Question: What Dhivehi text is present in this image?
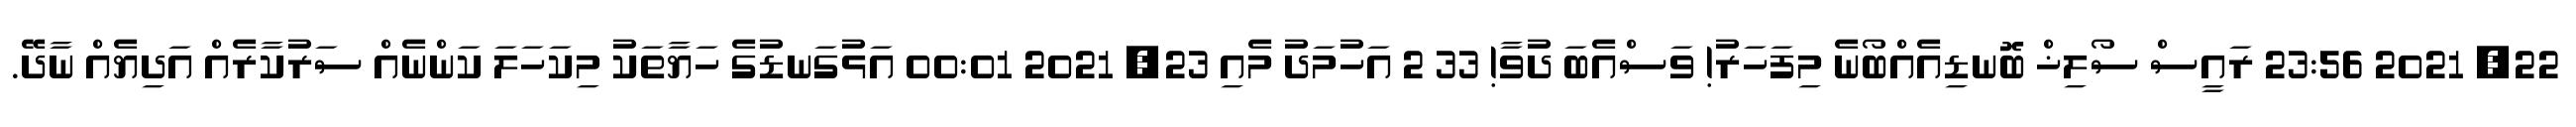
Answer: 22, 2021 23:56 ރައީސް ސޯލިޚް ބޮނޑިއެއްބޯނެ މިފަހަރު! ވަސްއެބަ ދުވާ! 33 2 އަހުމަދު މެއި 23, 2021 00:01 އަޅުގަނޑުގެ ހަޔާތަކު މިކަހަލަ ކަންނެއް ސަރުކާރެއް އަދިޔެއް ނާދޭ.